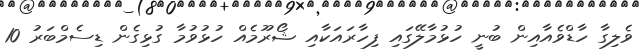
ވެލިގާ ހާޑްވެއާއިން ބުނީ ހުޅުމާލޭގައި ފިހާރައަކާއި ޝޯރޫމެއް ހުޅުވުމާ ގުޅިގެން ޑިސެމްބަރު 10